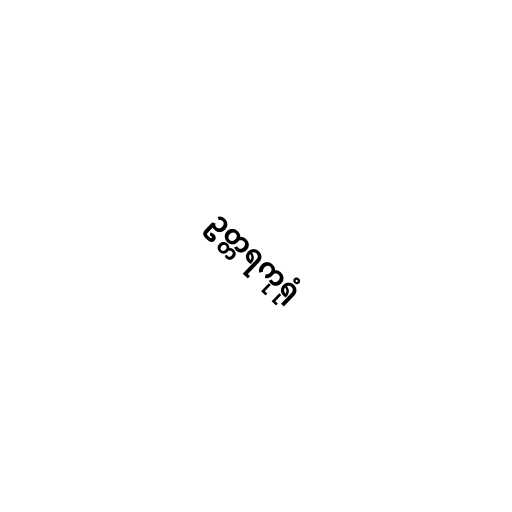
ဥတ္တရကုရုံ